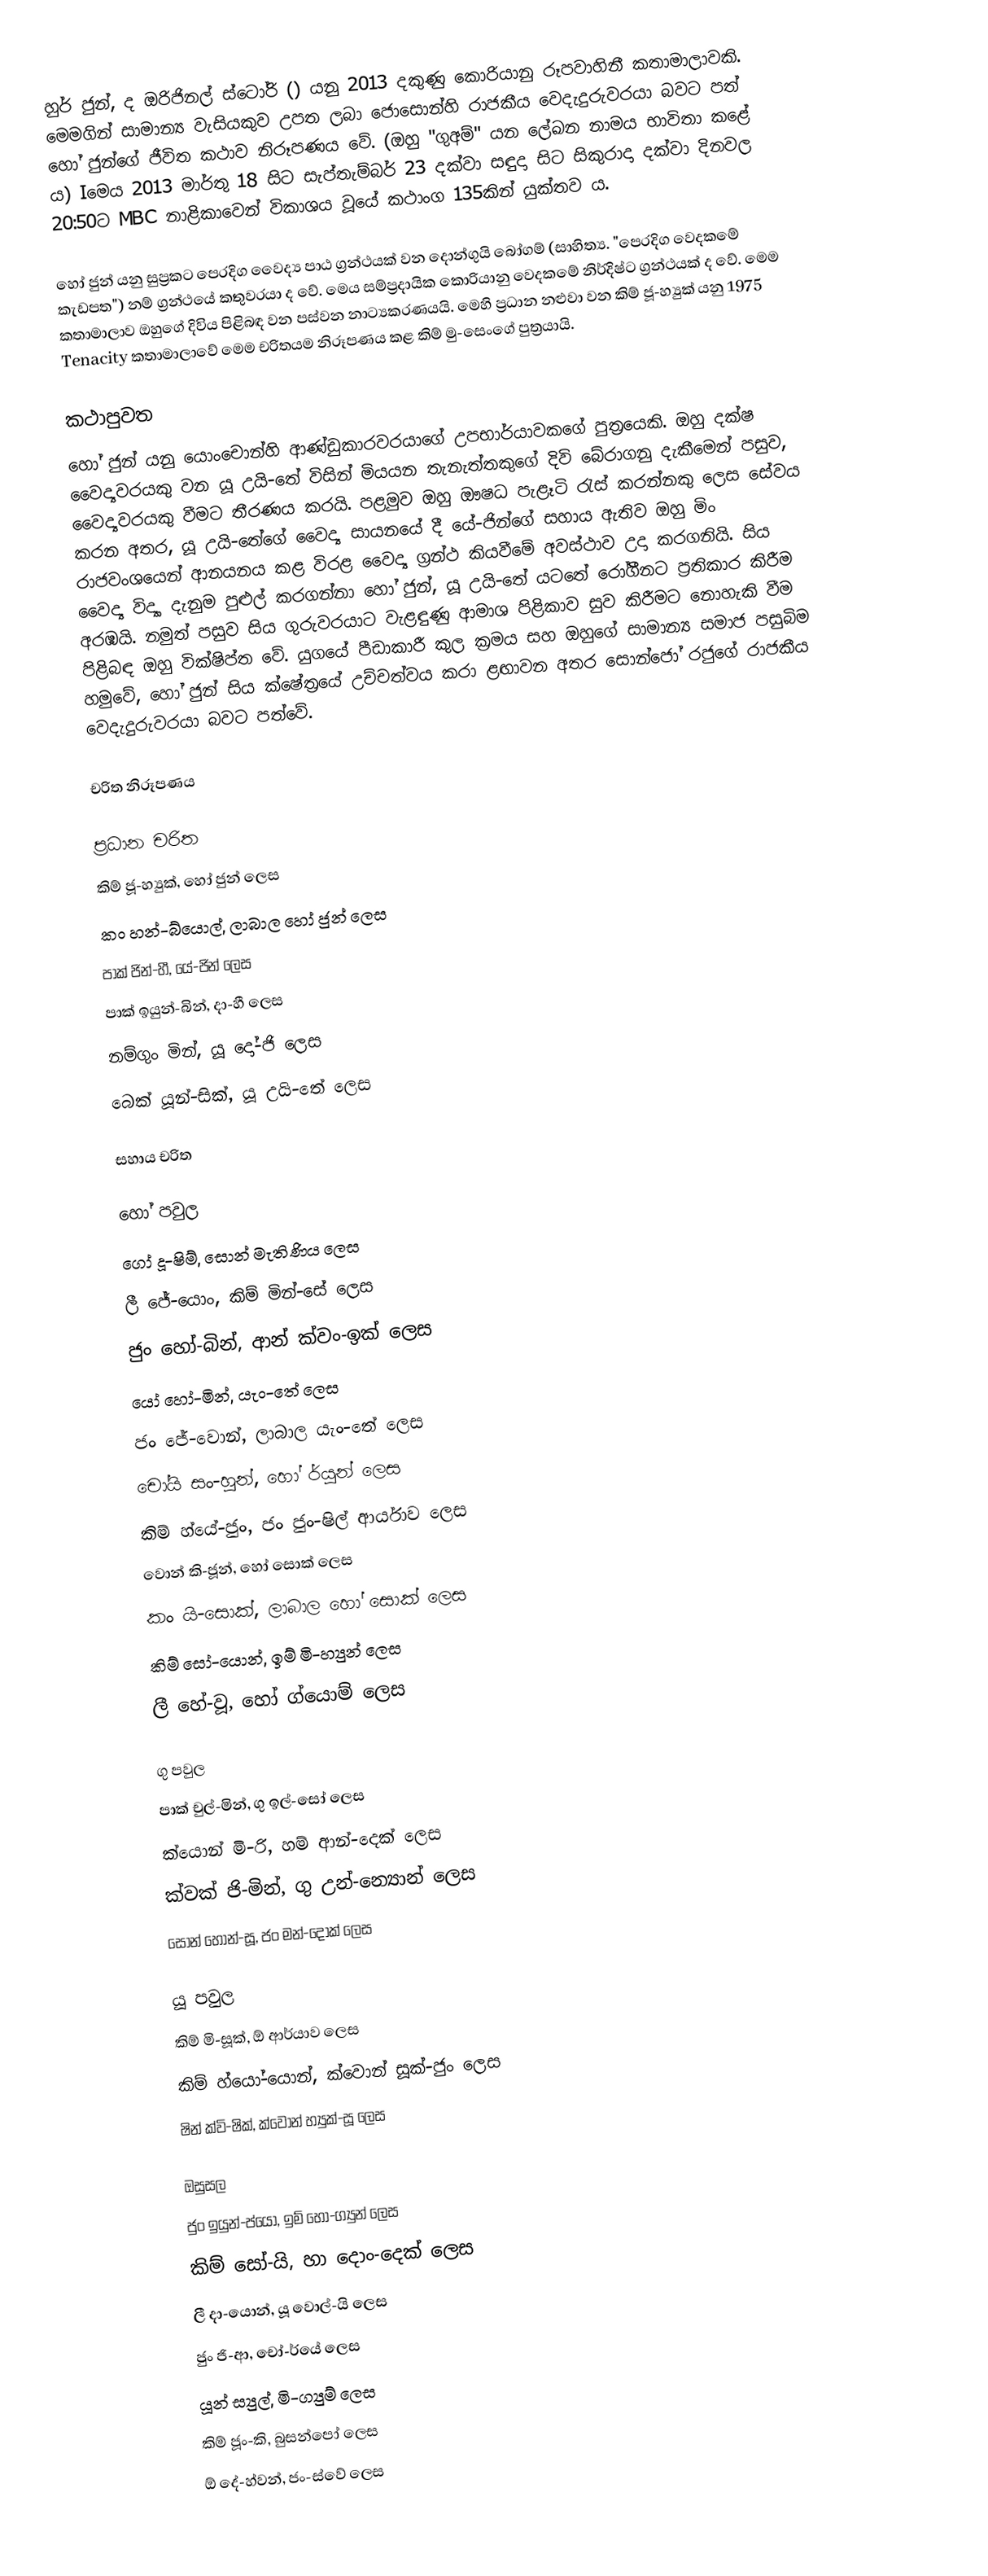
හුර් ජුන්, ද ඔරිජිනල් ස්ටෝරි () යනු 2013 දකුණු කොරියානු රූපවාහිනී කතාමාලාවකි. මෙමගින් සාමාන්‍ය වැසියකුව උපත ලබා ජොසොන්හි රාජකීය වෙදැදුරුවරයා බවට පත් හෝ ජුන්ගේ ජීවිත කථාව නිරූපණය වේ. (ඔහු "ගුඅම්" යන ලේඛන නාමය භාවිතා කළේ ය) Iමෙය 2013 මාර්තු 18 සිට සැප්තැම්බර් 23 දක්වා සඳුදා සිට සිකුරාදා දක්වා දිනවල 20:50ට MBC නාළිකාවෙන් විකාශය වූයේ කථාංග 135කින් යුක්තව ය.

හෝ ජුන් යනු සුප්‍රකට පෙරදිග වෛද්‍ය පාඨ ග්‍රන්ථයක් වන දොන්ගුයි බෝගම් (සාහිත්‍ය. "පෙරදිග වෙදකමේ කැඩපත") නම් ග්‍රන්ථයේ කතුවරයා ද වේ. මෙය සම්ප්‍රදායික කොරියානු වෙදකමේ නිර්දිෂ්ට ග්‍රන්ථයක් ද වේ. මෙම කතාමාලාව ඔහුගේ දිවිය පිළිබඳ වන පස්වන නාට්‍යකරණයයි. මෙහි ප්‍රධාන නළුවා වන කිම් ජූ-හ්‍යුක් යනු 1975 Tenacity කතාමාලාවේ මෙම චරිතයම නිරූපණය කළ කිම් මු-සෙංගේ පුත්‍රයායි.

කථාපුවත
හෝ ජුන් යනු යොංචොන්හි ආණ්ඩුකාරවරයාගේ උපභාර්යාවකගේ පුත්‍රයෙකි. ඔහු දක්ෂ වෛද්‍යවරයකු වන යූ උයි-තේ විසින් මියයන තැනැත්තකුගේ දිවි බේරාගනු දැකීමෙන් පසුව, වෛද්‍යවරයකු වීමට තීරණය කරයි. පළමුව ඔහු ‍ඖෂධ පැළෑටි රැස් කරන්නකු ලෙස සේවය කරන අතර, යූ උයි-තේගේ වෛද්‍ය සායනයේ දී යේ-ජින්ගේ සහාය ඇතිව ඔහු මිං රාජවංශයෙන් ආනයනය කළ විරළ වෛද්‍ය ග්‍රන්ථ කියවීමේ අවස්ථාව උදා කරගනියි. සිය වෛද්‍ය විද්‍යා දැනුම පුළුල් කරගන්නා හෝ ජුන්, යූ උයි-තේ යටතේ රෝගීනට ප්‍රතිකාර කිරීම අරඹයි. නමුත් පසුව සිය ගුරුවරයාට වැළඳුණු ආමාශ පිළිකාව සුව කිරීමට නොහැකි වීම පිළිබඳ ඔහු වික්ෂිප්ත වේ. යුගයේ පීඩාකාරී කුල ක්‍රමය සහ ඔහුගේ සාමාන්‍ය සමාජ පසුබිම හමුවේ, හෝ ජුන් සිය ක්ෂේත්‍රයේ උච්චත්වය කරා ළඟාවන අතර සොන්ජෝ රජුගේ රාජකීය වෙදැදුරුවරයා බවට පත්වේ.

චරිත නිරූපණය

ප්‍රධාන චරිත
කිම් ජූ-හ්‍යුක්, හෝ ජුන් ලෙස
කං හන්-බ්යොල්, ලාබාල හෝ ජුන් ලෙස
පාක් ජින්-හී, යේ-ජින් ලෙස
පාක් ඉයුන්-බින්, දා-හී ලෙස
නම්ගුං මින්, යූ දෝ-ජි ලෙස
බෙක් යූන්-සික්, යූ උයි-තේ ලෙස

සහාය චරිත

හෝ පවුල
ගෝ දූ-ෂිම්, සොන් මැතිණිය ලෙස
ලී ජේ-යොං, කිම් මින්-සේ ලෙස
ජුං හෝ-බින්, ආන් ක්වං-ඉක් ලෙස
යෝ හෝ-මින්, යැං-තේ ලෙස
ජං ජේ-වොන්, ලාබාල යැං-තේ ලෙස
චෝයි සං-හූන්, හෝ ර්යුන් ලෙස
කිම් හ්යේ-ජුං, ජං ජුං-ෂිල් ආර්යාව ලෙස
වොන් කි-ජූන්, හෝ සොක් ලෙස
කං යි-සොක්, ලාබාල හෝ සොක් ලෙස
කිම් සෝ-යොන්, ඉම් මි-හ්‍යුන් ලෙස
ලී හේ-වූ, හෝ ග්යොම් ලෙස

ගු පවුල
පාක් චුල්-මින්, ගු ඉල්-සෝ ලෙස
ක්යොන් මි-රි, හම් ආන්-දෙක් ලෙස
ක්වක් ජි-මින්, ගු උන්-න්‍යොන් ලෙස
සොන් හොන්-සූ, ජං මන්-දොක් ලෙස

යූ පවුල
කිම් මි-සූක්, ඕ ආර්යාව ලෙස
කිම් හ්යෝ-යොන්, ක්වොන් සූක්-ජුං ලෙස
ෂින් ක්වි-ෂික්, ක්වොන් හ්‍යුක්-සූ ලෙස

ඔසුසල
ජුං ඉයුන්-ප්යෝ, ඉම් හෝ-ග්‍යුන් ලෙස
කිම් සෝ-යි, හා දොං-දෙක් ලෙස
ලී දා-යොන්, යූ වොල්-යි ලෙස
ජුං ජි-ආ, චෝ-ර්යේ ලෙස
යූන් ස්‍යුල්, මි-ග්‍යුම් ලෙස
කිම් ජූං-කි, බුසන්පෝ ලෙස
ඕ දේ-හ්වන්, ජං-ස්වේ ලෙස